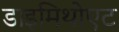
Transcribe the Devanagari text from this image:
डाइमिथोएट